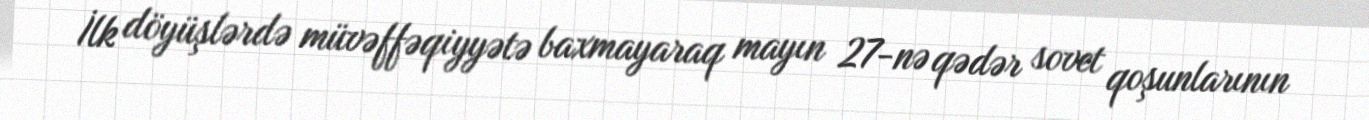
İlk döyüşlərdə müvəffəqiyyətə baxmayaraq mayın 27-nə qədər sovet qoşunlarının